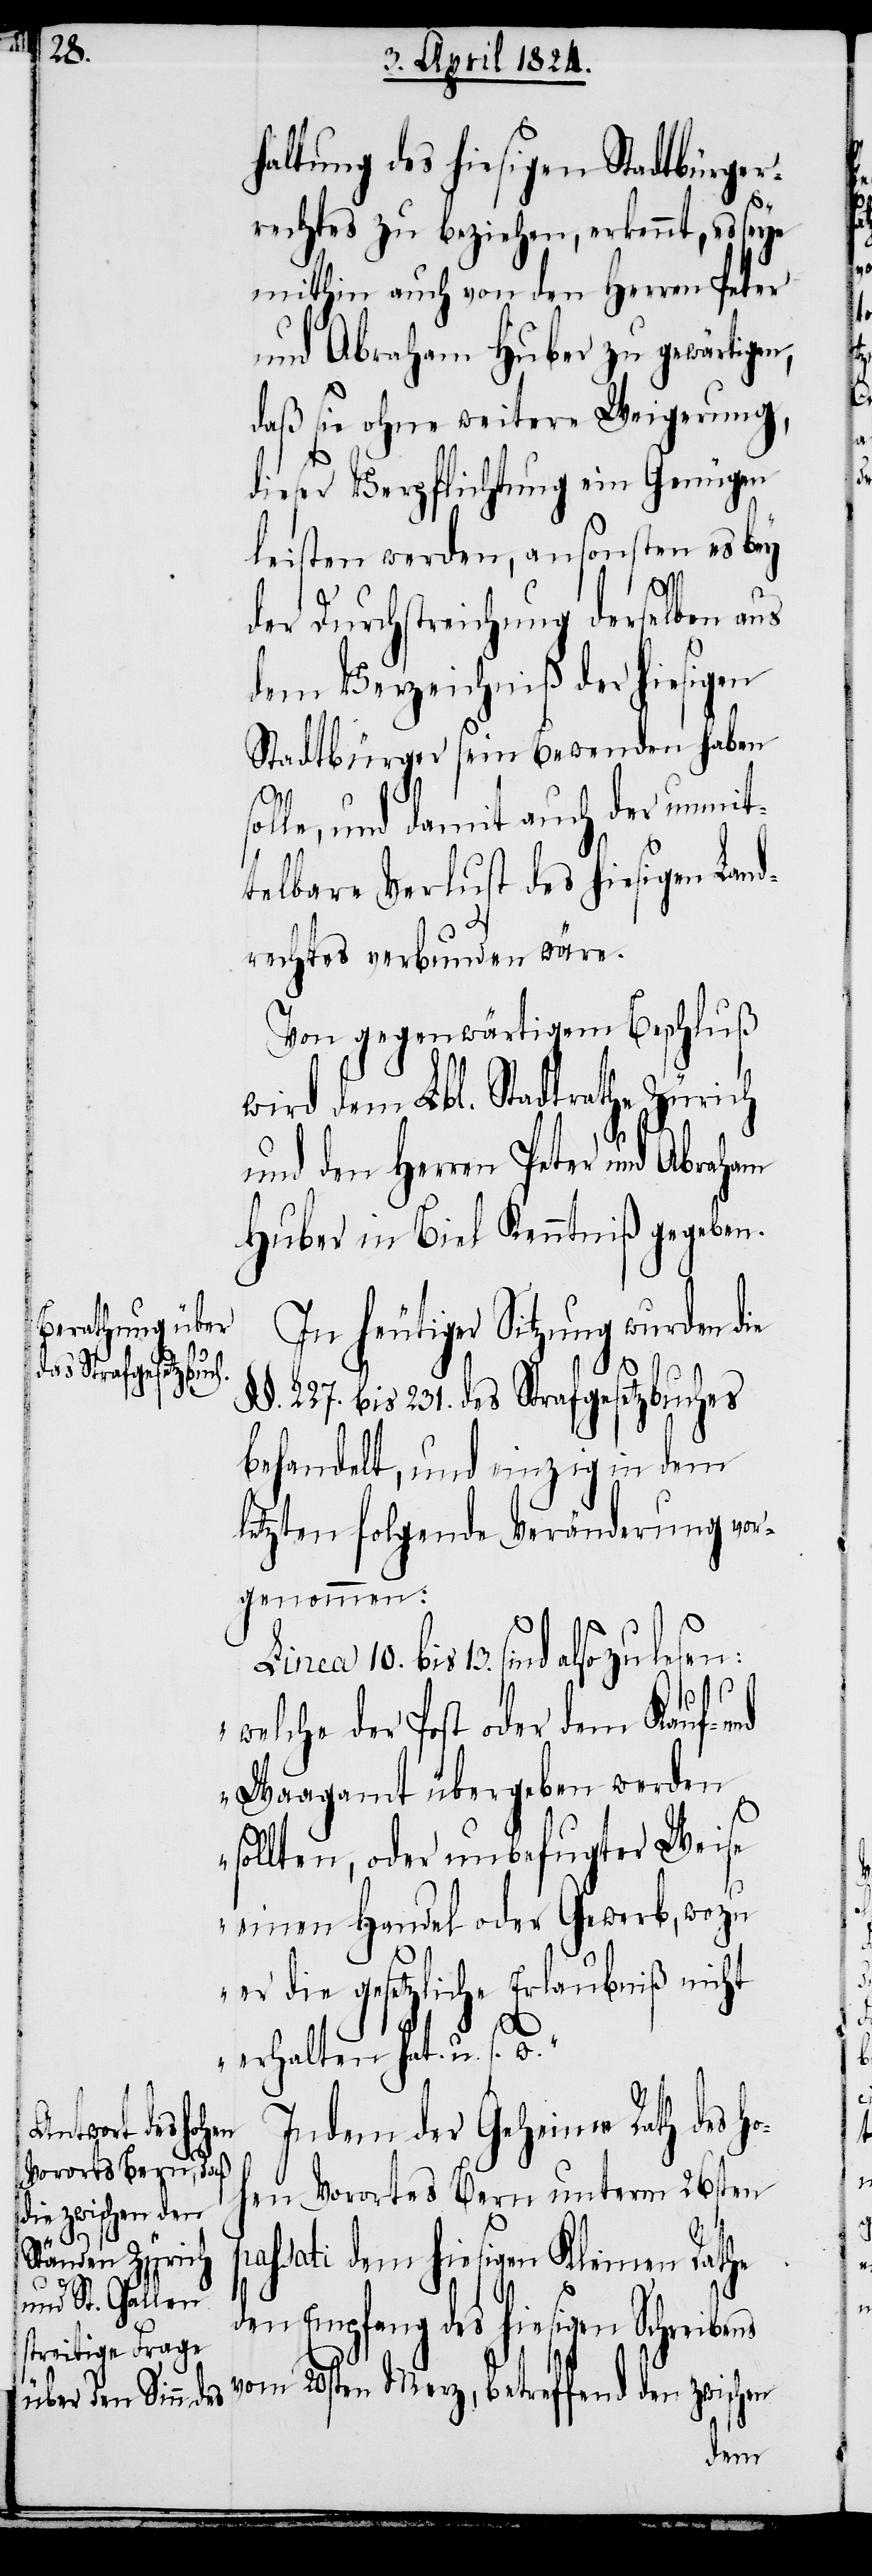
haltung des hiesigen Stadtbürger¬
rechtes zu beziehen, erkennt, es seye
mithin auch von den Herren Peter
und Abraham Huber zu gewärtigen,
daß sie ohne weitere Weigerung,
dieser Verpflichtung ein Genügen
leisten werden, ansonsten es bey
der Durchstreichung derselben aus
dem Verzeichniß der hiesigen
Stadtbürger sein Bewenden haben
lle, und damit auch der unmit¬
telbare Verlust des hiesigen Land¬
rechtes verbunden wäre.
Von gegenwärtigem Beschluß
wird dem Lbl. Stadtrathe Zürich
und den Herren Peter und Abraham
Huber in Biel Kenntniß gegeben.
In heutiger Sitzung wurden die
p¬
oh¬
§§. 227. bis 231. des Strafgesetzbuches
behandelt, und einzig in dem
letzten folgende Veränderung vor¬
genommen:
bis 13. sind also zu lesen:
10.
„welche der Post oder dem Kauf- und
Waagamt übergeben werden
sollten, oder unbefugter Weise
einen Handel oder Gewerb, wozu
er die gesetzliche Erlaubniß nicht
erhalten hat u. s. w.“
Indem der Geheime Rath des h¬
en Vorortes Bern unterm 26sten
assati dem hiesigen Kleinen Rathe
den Empfang des hiesigen Schreibens
vom 20sten Merz, betreffend den zwischen